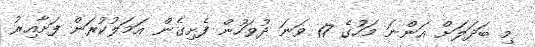
މި ބަދަލަށް އަންނަ މަހުގެ 17 ވަނަ ދުވަހުން ފެށިގެން އަމަލުކުރަން ފަށާއިރު